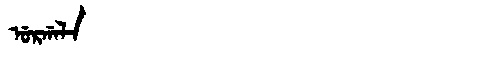
Manchu: ᡠᡵᡤᠠᠯᠠ
Romanization: URGALA